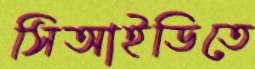
সিআইডিতে